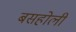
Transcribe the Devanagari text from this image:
बसहोली